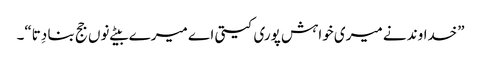
”خداوند نے میری خواہش پوری کیتی اے میرے بیٹے نوں جج بنا دِتا“۔